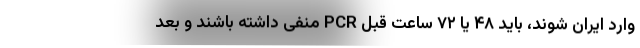
وارد ایران شوند، باید ۴۸ یا ۷۲ ساعت قبل PCR منفی داشته باشند و بعد